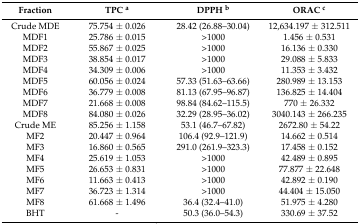
<table><thead><tr><td><b>Fraction</b></td><td><b>TPC <sup>a</sup></b></td><td><b>DPPH <sup>b</sup></b></td><td><b>ORAC <sup>c</sup></b></td></tr></thead><tbody><tr><td>Crude MDE</td><td>75.754 ± 0.026</td><td>28.42 (26.88–30.04)</td><td>12,634.197 ± 312.511</td></tr><tr><td>MDF1</td><td>25.786 ± 0.015</td><td>&gt;1000</td><td>1.456 ± 0.531</td></tr><tr><td>MDF2</td><td>55.867 ± 0.025</td><td>&gt;1000</td><td>16.136 ± 0.330</td></tr><tr><td>MDF3</td><td>38.854 ± 0.017</td><td>&gt;1000</td><td>29.088 ± 5.833</td></tr><tr><td>MDF4</td><td>34.309 ± 0.006</td><td>&gt;1000</td><td>11.353 ± 3.432</td></tr><tr><td>MDF5</td><td>60.056 ± 0.024</td><td>57.33 (51.63–63.66)</td><td>280.989 ± 13.153</td></tr><tr><td>MDF6</td><td>36.779 ± 0.008</td><td>81.13 (67.95–96.87)</td><td>136.825 ± 14.404</td></tr><tr><td>MDF7</td><td>21.668 ± 0.008</td><td>98.84 (84.62–115.5)</td><td>770 ± 26.332 </td></tr><tr><td>MDF8</td><td>84.080 ± 0.026</td><td>32.29 (28.95–36.02)</td><td>3040.143 ± 266.235</td></tr><tr><td>Crude ME</td><td>85.256 ± 1.158</td><td>53.1 (46.7–67.82)</td><td>2672.80 ± 54.22</td></tr><tr><td>MF2</td><td>20.447 ± 0.964</td><td>106.4 (92.9–121.9)</td><td>14.662 ± 0.514</td></tr><tr><td>MF3</td><td>16.860 ± 0.565</td><td>291.0 (261.9–323.3)</td><td>17.458 ± 0.152</td></tr><tr><td>MF4</td><td>25.619 ± 1.053</td><td>&gt;1000</td><td>42.489 ± 0.895</td></tr><tr><td>MF5</td><td>26.653 ± 0.831</td><td>&gt;1000</td><td>77.877 ± 22.648</td></tr><tr><td>MF6</td><td>11.663 ± 0.413</td><td>&gt;1000</td><td>42.892 ± 0.190</td></tr><tr><td>MF7</td><td>36.723 ± 1.314</td><td>&gt;1000</td><td>44.404 ± 15.050</td></tr><tr><td>MF8</td><td>61.668 ± 1.496</td><td>36.4 (32.4–41.0)</td><td>51.975 ± 4.280</td></tr><tr><td>BHT</td><td>-</td><td>50.3 (36.0–54.3)</td><td>330.69 ± 37.52</td></tr></tbody></table>